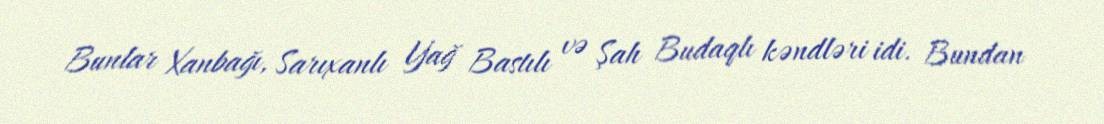
Bunlar Xanbağı, Sarıxanlı Yağ Bastılı və Şah Budaqlı kəndləri idi. Bundan